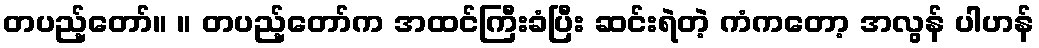
တပည့်တော်။ ။ တပည့်တော်က အထင်ကြီးခံပြီး ဆင်းရဲတဲ့ ကံကတော့ အလွန် ပါဟန်